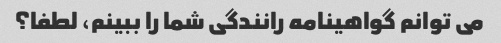
می توانم گواهینامه رانندگی شما را ببینم، لطفا؟